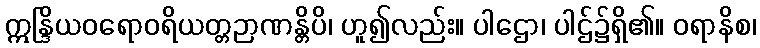
ဣန္ဒြိယဝရောဝရိယတ္တဉာဏန္တိပိ၊ ဟူ၍လည်း။ ပါဌော၊ ပါဌ်၌ရှိ၏။ ဝရာနိစ၊